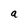
Character: a